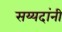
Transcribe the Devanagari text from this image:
सय्यदांनी